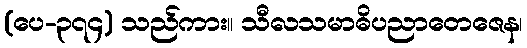
(ပေ-၃၇၄) သည်ကား။ သီလသမာဓိပညာတေဇေန၊